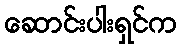
ဆောင်းပါးရှင်က